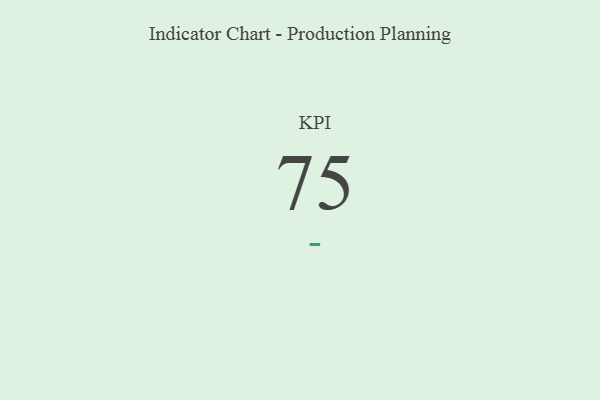
{"axis": {"x": "KPI", "y": "Value"}, "legend": [""], "data": [{"x": "KPI", "y": 75, "type": ""}]}